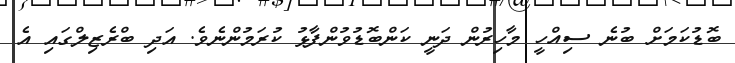
ބޮޑުކަމަށް ބުނެ ސިއްހީ މާހިރުން ދަނީ ކަންބޮޑުވުންފާޅު ކުރަމުންނެވެ. އަދި ބްރެޒިލްގައި އެ